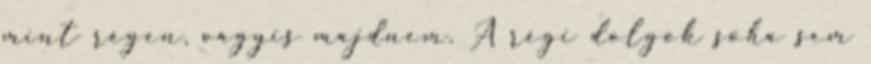
mint régen, vagyis majdnem. A régi dolgok soha sem